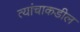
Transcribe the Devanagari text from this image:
त्यांचाकडील